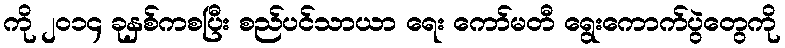
ကို ၂၀၁၄ ခုနှစ်ကစပြီး စည်ပင်သာယာ ရေး ကော်မတီ ရွေးကောက်ပွဲတွေကို